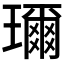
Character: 𤪙